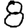
Digit: 8